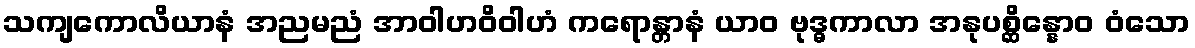
သကျကောလိယာနံ အညမညံ အာဝါဟဝိဝါဟံ ကရောန္တာနံ ယာဝ ဗုဒ္ဓကာလာ အနုပစ္ဆိန္နောဝ ဝံသော